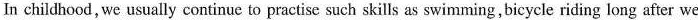
In childhood, we usually continue to practise such skills as swimming,bicycle riding long after we